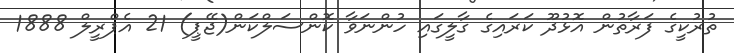
ތުރުކީގެ ފަރާތުން އޮޅުދޫ ކަރައިގެ ގާލީގައި ހުންނަވާ ކޮންސަލްކަން(ޖޭޕީ) 21 އެޕްރީލް 1888